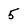
Character: 5